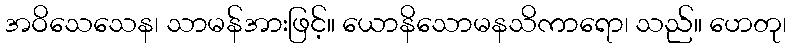
အဝိသေသေန၊ သာမန်အားဖြင့်။ ယောနိသောမနသိကာရော၊ သည်။ ဟေတု၊